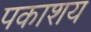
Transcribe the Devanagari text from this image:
पकाशय